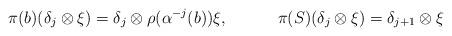
LaTeX: \begin{align*} &\pi(b)(\delta_j\otimes \xi) = \delta_j\otimes \rho(\alpha^{-j}(b))\xi, &&\pi(S)(\delta_j\otimes \xi) = \delta_{j+1}\otimes \xi\end{align*}